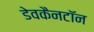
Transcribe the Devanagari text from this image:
डेवकैनटॉन